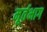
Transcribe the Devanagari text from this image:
मूर्तभाग